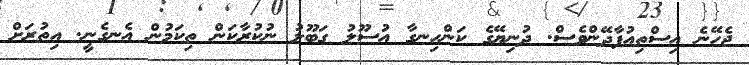
ޖެހޭނެ އިސްތިއުފާދޭންވެސް. ދުނިޔޭގެ ކަންހިނގާ އުސޫލު ގަބޫލު ނުކުރާކަން ތިކަމުން އެނގެނީ. އިތުރަށް